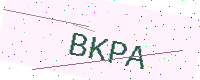
Text: BKPA